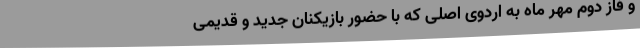
و فاز دوم مهر ماه به اردوی اصلی که با حضور بازیکنان جدید و قدیمی